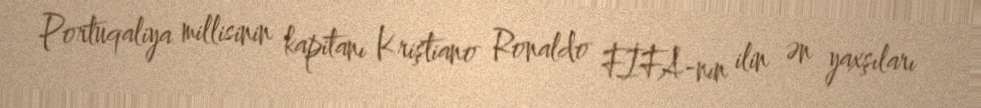
Portuqaliya millisinin kapitanı Kriştiano Ronaldo FİFA-nın ilin ən yaxşıları